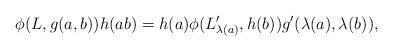
LaTeX: \begin{align*}\phi(L,g(a,b))h(ab)=h(a)\phi(L_{\lambda(a)}',h(b))g'(\lambda(a),\lambda(b)),\end{align*}